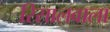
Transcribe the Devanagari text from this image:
रिसालवाला